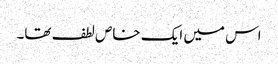
اس میں ایک خاص لطف تھا۔